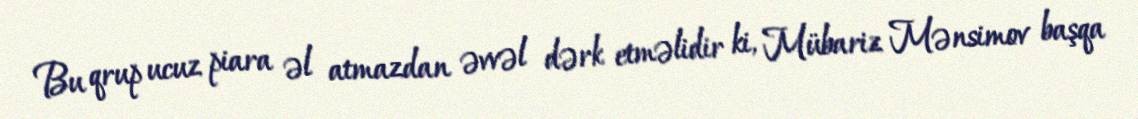
Bu qrup ucuz piara əl atmazdan əvvəl dərk etməlidir ki, Mübariz Mənsimov başqa